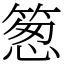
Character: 䈡